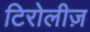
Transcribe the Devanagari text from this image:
टिरोलीज़